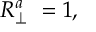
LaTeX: R _ { \perp } ^ { a } \ = 1 ,